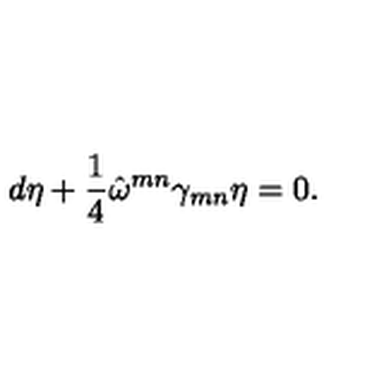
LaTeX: d \eta + \frac { 1 } { 4 } \hat { \omega } ^ { m n } \gamma _ { m n } \eta = 0 .